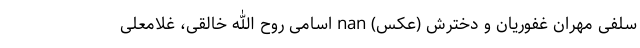
سلفی مهران غفوریان و دخترش (عکس) nan اسامی روح الله خالقی، غلامعلی